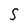
Character: S